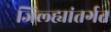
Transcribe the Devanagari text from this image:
जिल्ह्यांतर्गत